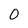
Character: 0